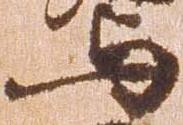
与